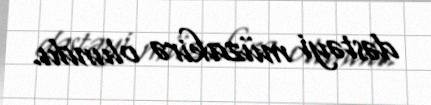
dəstəyi müzakirə olundu.